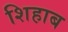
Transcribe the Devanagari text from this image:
शिहाब